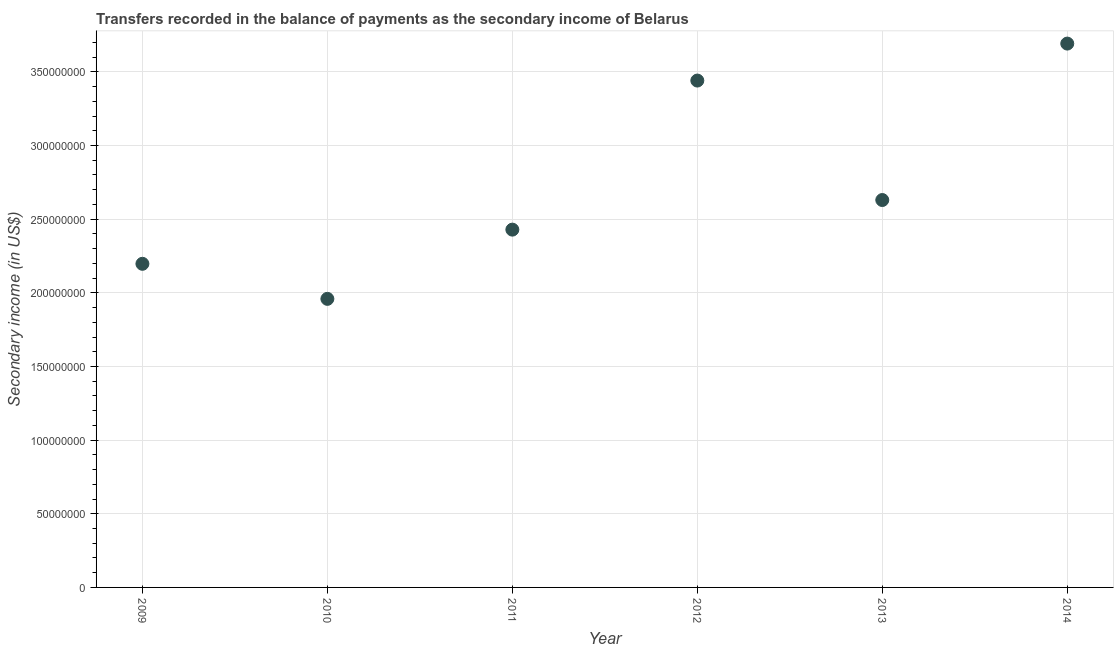
| Year | Secondary income |
 | --- | --- |
 | 2009 | 2.2e+08 |
 | 2010 | 1.96e+08 |
 | 2011 | 2.43e+08 |
 | 2012 | 3.44e+08 |
 | 2013 | 2.63e+08 |
 | 2014 | 3.69e+08 |